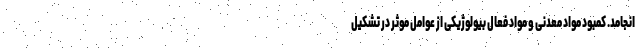
انجامد. کمبود مواد معدنی و مواد فعال بیولوژیکی از عوامل موثر در تشکیل